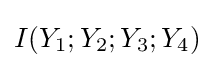
I(Y_{1};Y_{2};Y_{3};Y_{4})